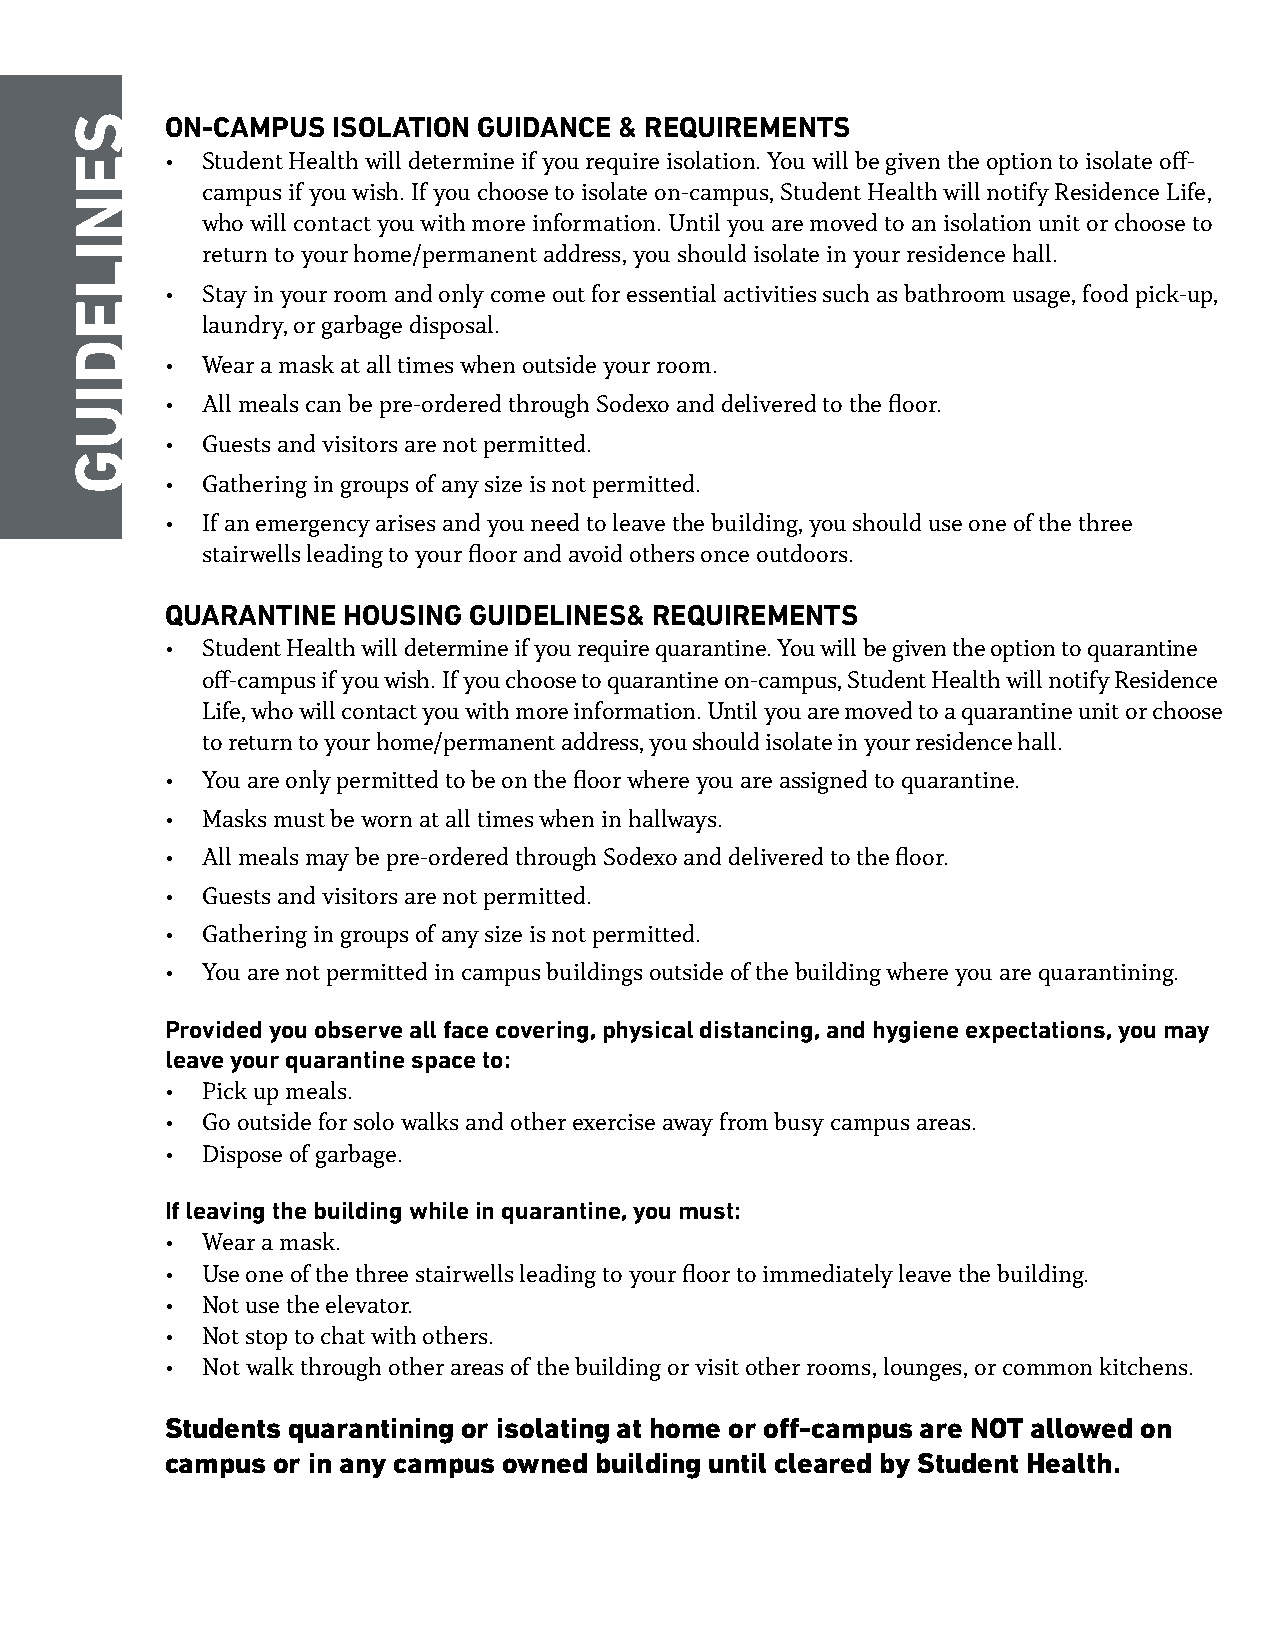
ON-CAMPUS  ISOLATION GUIDANCE & REQUIREMENTS
 • Student Health will determine if you require isolation. You will be given the option to isolate off-
 campus if you wish. If you choose to isolate on-campus, Student Health will notify Residence Life,
 who will contact you with more information. Until you are moved to an isolation unit or choose to
 return to your home/permanent address, you should isolate in your residence hall.
 • Stay in your room and only come out for essential activities such as bathroom usage, food pick-up,
 laundry, or garbage disposal.
 • Wear a mask at all times when outside your room.
 • All meals can be pre-ordered through Sodexo and delivered to the floor.
 • Guests and visitors are not permitted.
 • Gathering in groups of any size is not permitted.
 • If an emergency arises and you need to leave the building, you should use one of the three
 stairwells leading to your floor and avoid others once outdoors.
 QUARANTINE  HOUSING GUIDELINES& REQUIREMENTS
 • Student Health will determine if you require quarantine. You will be given the option to quarantine
 off-campus if you wish. If you choose to quarantine on-campus, Student Health will notify Residence
 Life, who will contact you with more information. Until you are moved to a quarantine unit or choose
 to return to your home/permanent address, you should isolate in your residence hall.
 • You are only permitted to be on the floor where you are assigned to quarantine.
 • Masks must be worn at all times when in hallways.
 • All meals may be pre-ordered through Sodexo and delivered to the floor.
 • Guests and visitors are not permitted.
 • Gathering in groups of any size is not permitted.
 • You are not permitted in campus buildings outside of the building where you are quarantining.
 Provided you observe all face covering, physical distancing, and hygiene expectations, you may
 leave your quarantine space to:
 • Pick up meals.
 • Go outside for solo walks and other exercise away from busy campus areas.
 • Dispose of garbage.
 If leaving the building while in quarantine, you must:
 • Wear a mask.
 • Use one of the three stairwells leading to your floor to immediately leave the building.
 • Not use the elevator.
 • Not stop to chat with others.
 • Not walk through other areas of the building or visit other rooms, lounges, or common kitchens.
 Students quarantining or isolating at home or off-campus are NOT allowed on
 campus or in any campus owned building until cleared by Student Health.
 SENILEDIUG